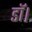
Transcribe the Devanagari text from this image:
डाॅ।